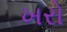
ખરો